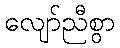
လျော်ညီစွာ